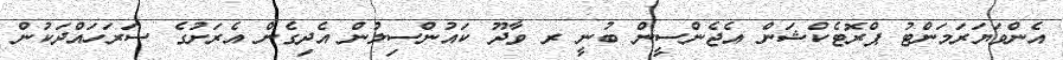
އެންވަޔަރަމަންޓު ޕްރޮޓެކްޝަން އެޖެންސީން ބުނީ ރ ވާދޫ ކައުންސިލުން އެދިގެން އެރަށުގެ ސަރަހައްދަކުން